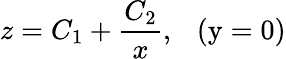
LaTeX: z=C_{1}+\frac{C_{2}}{x},\ \ \ \mathrm{(y=0)}